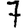
Digit: 7